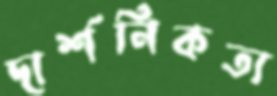
দার্শনিকতা